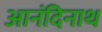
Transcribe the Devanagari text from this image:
आनंदिनाथ